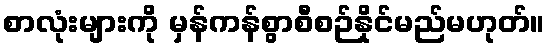
စာလုံးများကို မှန်ကန်စွာစီစဉ်နိုင်မည်မဟုတ်။